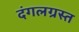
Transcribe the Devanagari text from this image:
दंगलग्रस्त